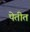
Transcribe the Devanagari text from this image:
पेतीत